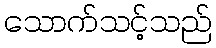
သောက်သင့်သည်